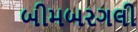
બીમબરગલી